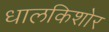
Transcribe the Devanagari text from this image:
धालकिशोर